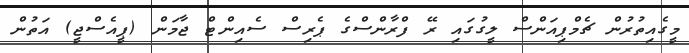
މީގެއިތުރުން ޗެމްޕިއަންސް ލީގުގައި ރޭ ފްރާންސްގެ ޕެރިސް ސެއިންޓް ޖާމަން (ޕީއެސްޖީ) އަތުން